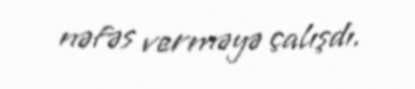
nəfəs verməyə çalışdı.